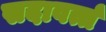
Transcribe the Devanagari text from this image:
सदावर्त्त